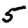
Digit: 5